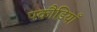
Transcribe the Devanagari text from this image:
पकौडि़याँ